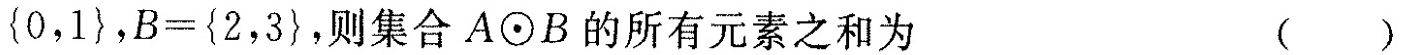
{0,1}, B = {2,3},则集合A\odot B的所有元素之和为 （ ）